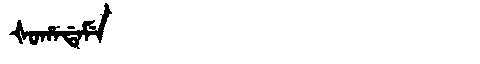
Manchu: ᡧᠣᡥᠠᡩᠠᠮᡝ
Romanization: ŠOHADAME